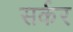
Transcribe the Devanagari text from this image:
सर्कर